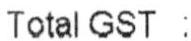
TOTAL GST :